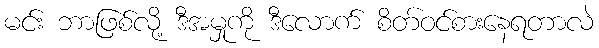
မင်း ဘာဖြစ်လို့ ဒီအမှုကို ဒီလောက် စိတ်ဝင်စားနေရတာလဲ